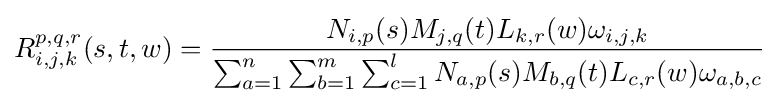
R_{i,j,k}^{p,q,r}(s,t,w)={\frac {N_{i,p}(s)M_{j,q}(t)L_{k,r}(w)\omega _{i,j,k}}{\sum _{a=1}^{n}\sum _{b=1}^{m}\sum _{c=1}^{l}N_{a,p}(s)M_{b,q}(t)L_{c,r}(w)\omega _{a,b,c}}}